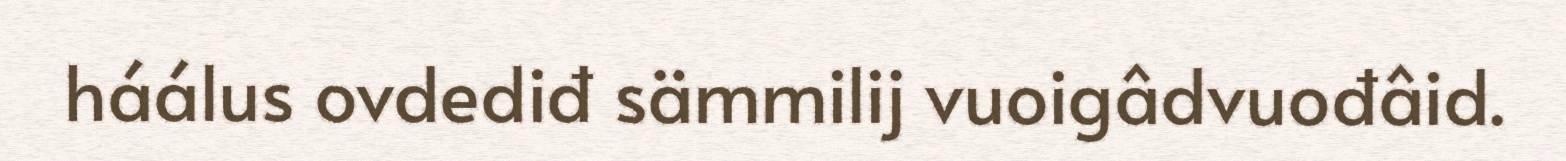
háálus ovdediđ sämmilij vuoigâdvuođâid.